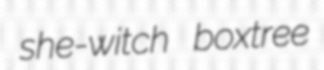
she-witch boxtree